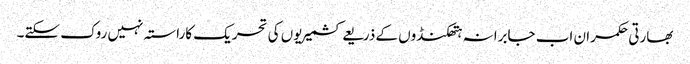
بھارتی حکمران اب جابرانہ ہتھکنڈوں کے ذریعے کشمیریوں کی تحریک کاراستہ نہیں روک سکتے۔